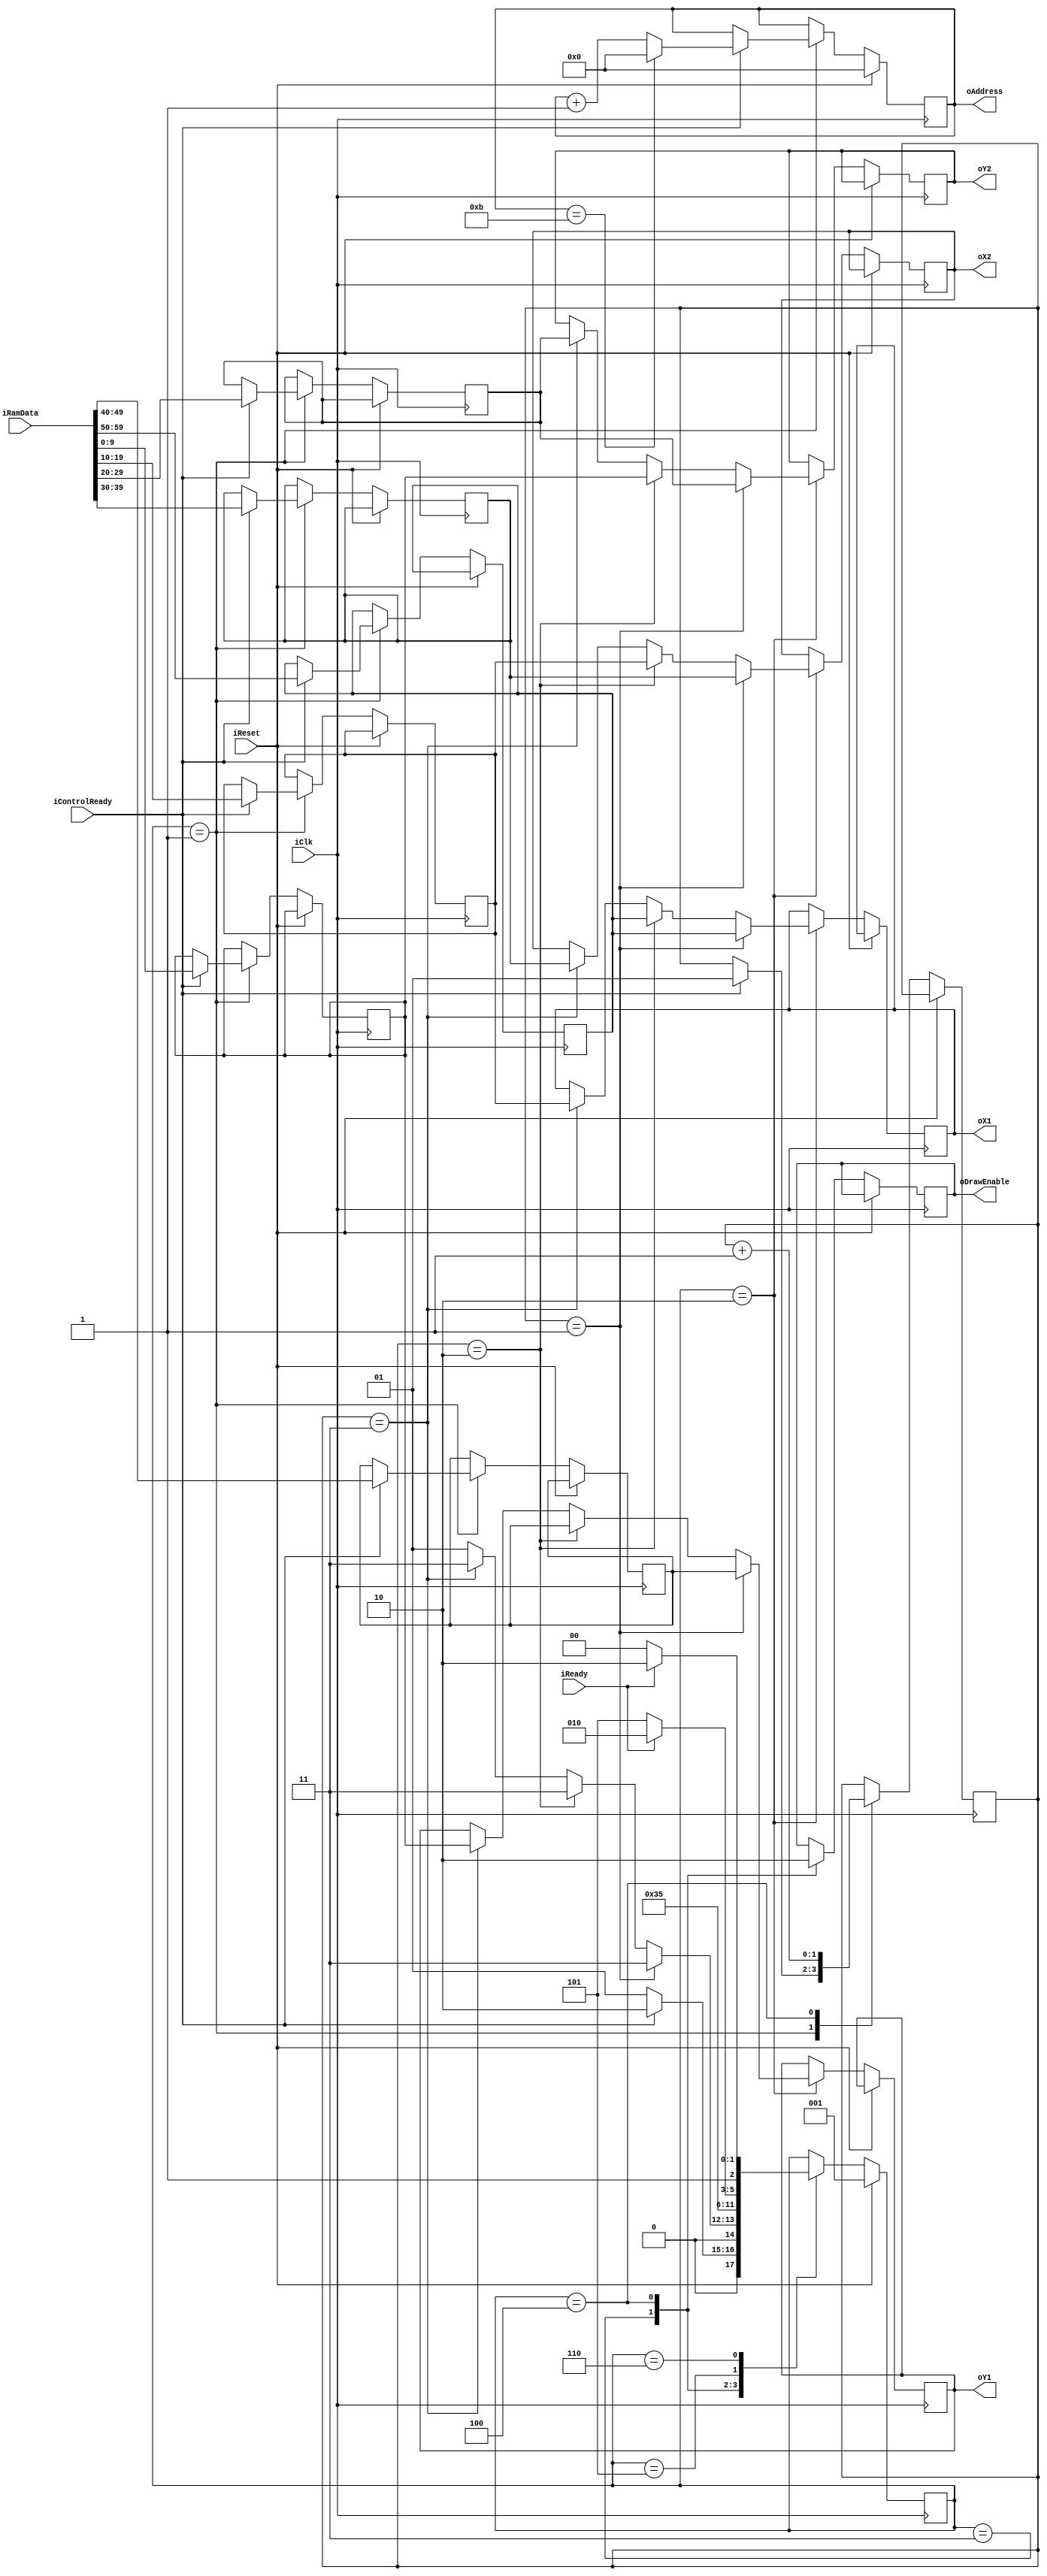
module TriangleDrawer( 	
				iClk,
			   	iReset, 
			   	oDrawEnable,
				oX1,
				oY1,
				oX2,
				oY2,
				iReady,
				oAddress,
				iRamData,
				iControlReady
				);

input iClk,iReset,iReady; 
input iControlReady;

output  reg oDrawEnable;
output reg [9:0] oX1,oY1,oX2,oY2;
parameter [2:0]UPDATE = 3'd1,DRAW=3'd2,ENABLE_HIGH=3'd3,ENABLE_LOW=3'd4,WAIT_FOR_HIGH_READY=3'd5,WAIT_FOR_LOW_READY=3'd6;
reg [2:0] state;

reg [9:0] P1X,P1Y,P2X,P2Y,P3X,P3Y;
reg [1:0] Count;
//wire [59:0] RamData={10'd100,10'd200,10'd130,10'd70,10'd50,10'd60};

//ram ScreenRam(
//	.address(address),
//	.clock(iClk),
//	.q(RamData)
//	);

//


output reg [4:0]  oAddress;
input  [63:0] iRamData;
reg [7:0] Delay_Count1,Delay_Count2;
always @ (posedge iClk) begin
	
	if( iReset) begin
		state <= UPDATE;
		oAddress <= 0;
		Delay_Count1<= 8'd0;
		Delay_Count2<= 8'd0;
	end
	else 
	case (state)

	UPDATE: begin
			if( iControlReady ) begin
				if ( oAddress == 5'd11) begin
					oAddress <= 0;
				end
				else begin
					oAddress <= oAddress +1'b1;
				end
				P1X <= iRamData[59:50];
				P1Y <= iRamData[49:40];
				P2X <= iRamData[39:30];
				P2Y <= iRamData[29:20];
				P3X <= iRamData[19:10];
				P3Y	<= iRamData[9:0];
				Count <= 2'd1;
				state <= DRAW;
			end
			else begin
				state <= UPDATE;
			end
		end
	DRAW: begin
			if(Count == 2'd1) begin
				oX1<=P1X;
				oY1<=P1Y;
				oX2<=P2X;
				oY2<=P2Y;
				state <= ENABLE_HIGH;
			end
			else 
			if( Count == 2'd2) begin
				oX1<=P1X;
				oY1<=P1Y;
				oX2<=P3X;
				oY2<=P3Y;
				state <= ENABLE_HIGH;
			end
			else
			if( Count == 2'd3) begin
				oX1<=P3X;
				oY1<=P3Y;
				oX2<=P2X;
				oY2<=P2Y;
				state <= ENABLE_HIGH;
			end
			else
				state <= UPDATE;
	end
	
	ENABLE_HIGH : begin
		oDrawEnable <= 1'b1;
		state <= WAIT_FOR_LOW_READY;
	end
	
	ENABLE_LOW : begin
		oDrawEnable <= 1'b0;
		Count <= Count + 2'd1;
		state <= WAIT_FOR_HIGH_READY;
	end
	
	WAIT_FOR_HIGH_READY: begin
		if( iReady )begin
			state <= DRAW;
		end
		else
		begin
			state <= WAIT_FOR_HIGH_READY;
		end
	end
	
//	WAIT_FOR_HIGH_READY : begin
//			if(Delay_Count1 < 8'd2)begin
//				Delay_Count1 <= 8'd0;
//				state <= DRAW;
//			end 
//			else begin
//				Delay_Count1 <= Delay_Count1+1;
//				state <= WAIT_FOR_HIGH_READY; 
//			end
//		
//	end		
	WAIT_FOR_LOW_READY:
		if (!iReady)begin
			state <= ENABLE_LOW;
		end
		else
		begin
				state <= WAIT_FOR_LOW_READY;
		end
//	WAIT_FOR_LOW_READY : begin
//			if(Delay_Count2 < 8'd50)begin
//				Delay_Count2<= 8'd0;
//				state <= ENABLE_LOW;
//			end 
//			else begin
//				Delay_Count2 <= Delay_Count2+1;
//				state <= WAIT_FOR_LOW_READY; 
//			end
//	end
	endcase
end	
endmodule